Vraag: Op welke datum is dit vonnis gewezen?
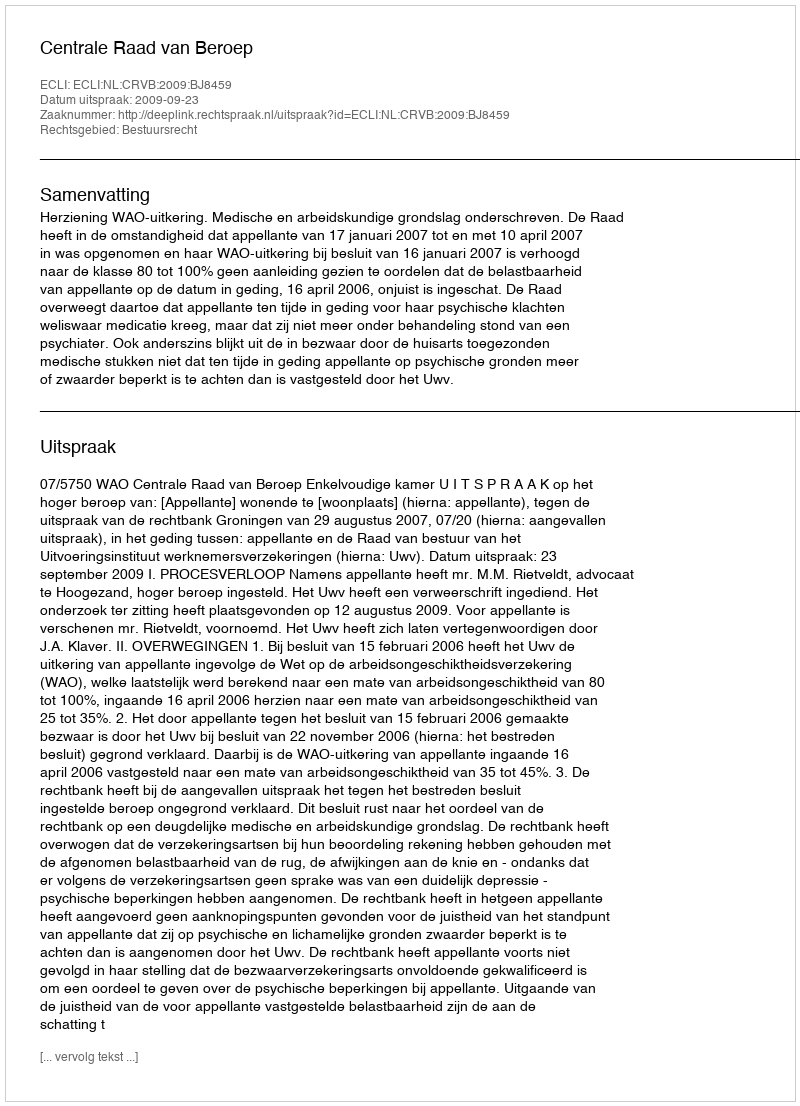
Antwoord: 2009-09-23